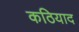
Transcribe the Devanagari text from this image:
कठियाद